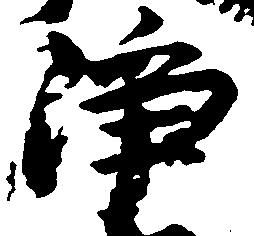
浄